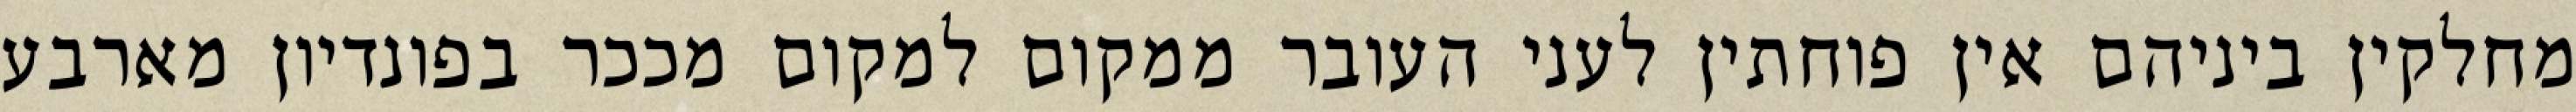
מחלקין ביניהם אין פוחתין לעני העובר ממקום למקום מככר בפונדיון מארבע